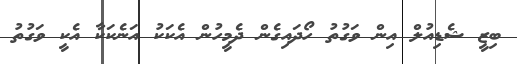
ބިޒީ ޝެޑިއުލް އިން ވަގުތު ހޯދައިގެން ދެމީހުން އެކަކު އަނެކަކާ އެކީ ވަގުތު